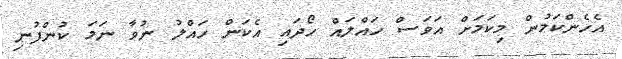
އެހެންކަމުން މިކަމަށް އަވަސް ހައްލައް ހޯދައި އެކަން ހައްލު ނުވާ ނަމަ ކުންފުނި